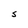
Character: S